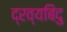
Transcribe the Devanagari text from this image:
द्रव्यबिंदु